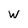
Character: w